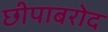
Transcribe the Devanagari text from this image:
छीपाबरोद